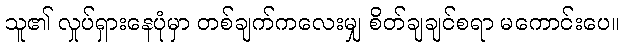
သူ၏ လှုပ်ရှားနေပုံမှာ တစ်ချက်ကလေးမျှ စိတ်ချချင်စရာ မကောင်းပေ။